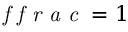
\emph { f f r a c } = 1